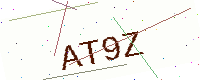
Text: AT9Z